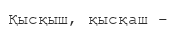
Қысқыш, қысқаш –